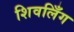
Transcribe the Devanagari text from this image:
शिवलिँग